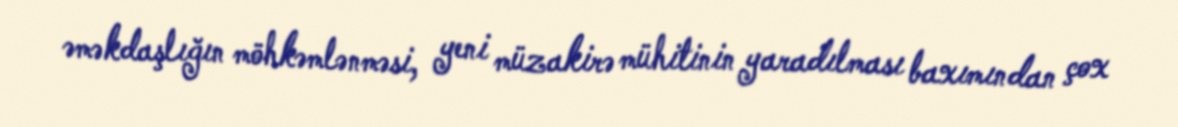
əməkdaşlığın möhkəmlənməsi, yeni müzakirə mühitinin yaradılması baxımından çox